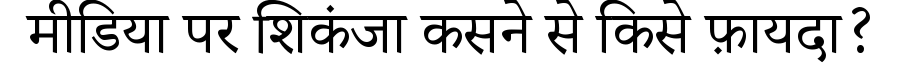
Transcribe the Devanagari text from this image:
मीडिया पर शिकंजा कसने से किसे फ़ायदा?